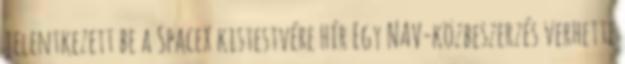
jelentkezett be a SpaceX kistestvére Hír Egy NAV-közbeszerzés verhette